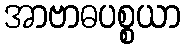
အာဗာဓပစ္စယာ